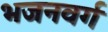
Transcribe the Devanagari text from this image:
भजनवर्ग